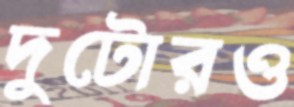
দুটোরও